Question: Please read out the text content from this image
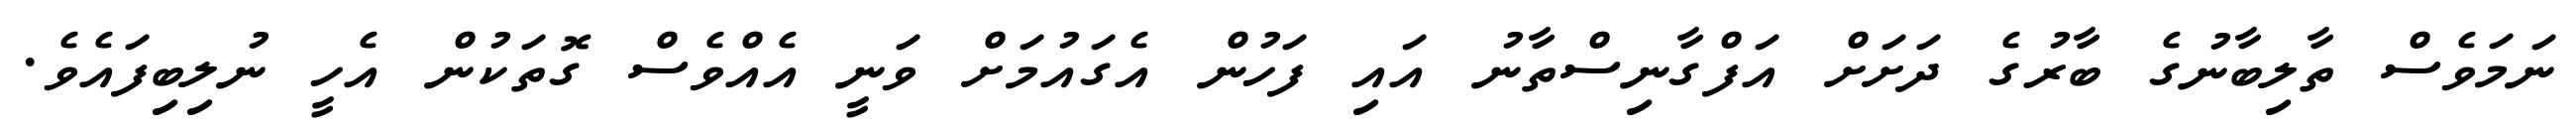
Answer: ނަމަވެސް ތާލިބާނުގެ ބާރުގެ ދަށަށް އަފްގާނިސްތާނު އައި ފަހުން އެގައުމަށް ވަނީ އެއްވެސް ގޮތަކުން އެހީ ނުލިބިފައެވެ.